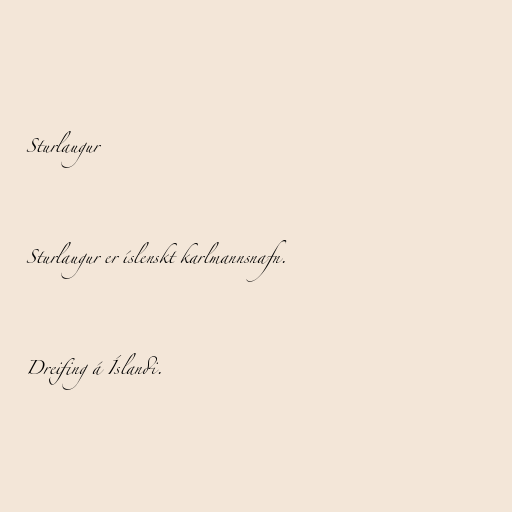
Sturlaugur

Sturlaugur er íslenskt karlmannsnafn.

Dreifing á Íslandi.